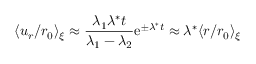
\langle u _ { r } / r _ { 0 } \rangle _ { \xi } \approx \frac { \lambda _ { 1 } \lambda ^ { * } t } { \lambda _ { 1 } - \lambda _ { 2 } } \mathrm { e } ^ { \pm \lambda ^ { * } t } \approx \lambda ^ { * } \langle r / r _ { 0 } \rangle _ { \xi }